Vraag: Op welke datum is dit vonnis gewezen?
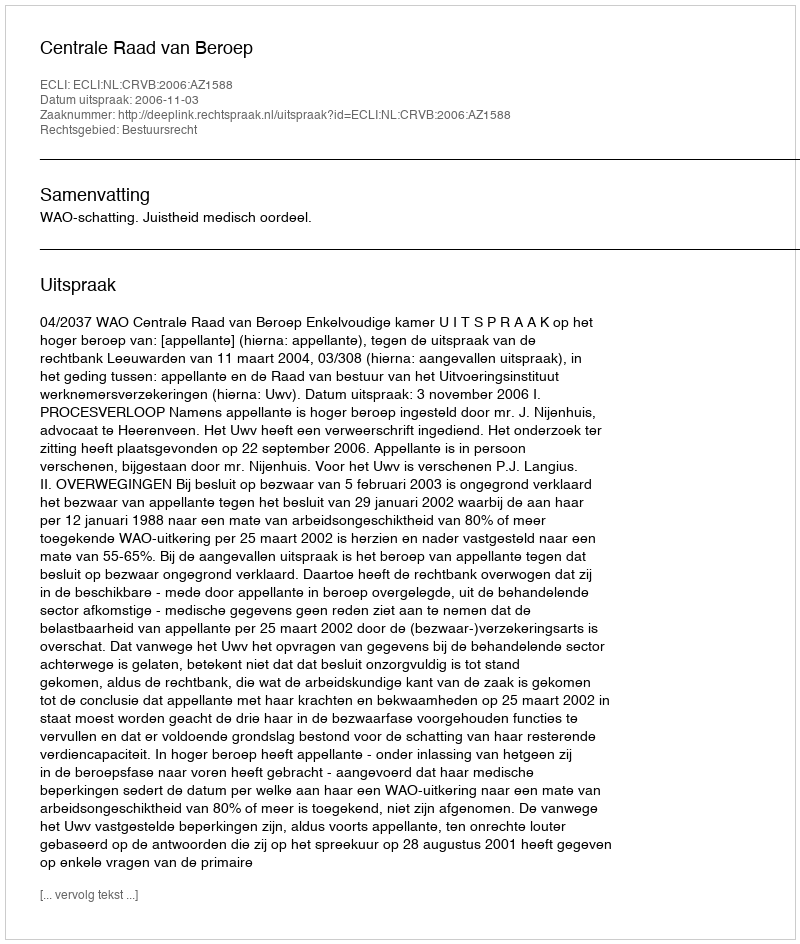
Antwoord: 2006-11-03